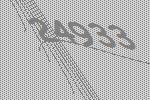
24933